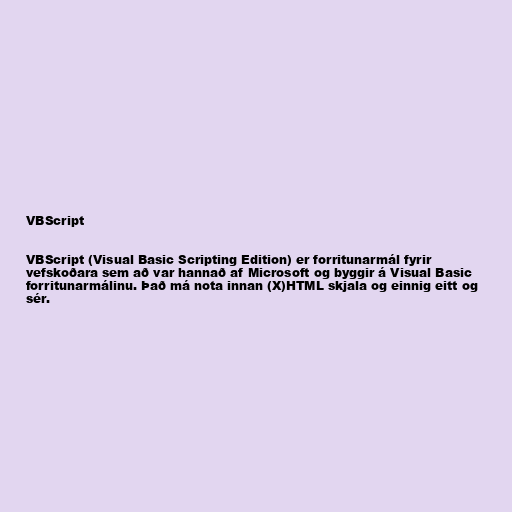
VBScript

VBScript (Visual Basic Scripting Edition) er forritunarmál fyrir
vefskoðara sem að var hannað af Microsoft og byggir á Visual Basic
forritunarmálinu. Það má nota innan (X)HTML skjala og einnig eitt og
sér.